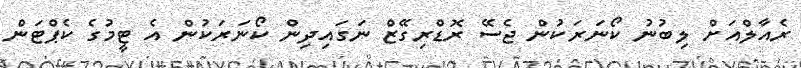
ރެއާލްއަށް ލިބުނު ކޯނަރަކުން ޖެސޭ ރޮޑްރިގޭޒް ނަގައިދިން ކޯނަރަކުން އެ ޓީމުގެ ކެޕްޓަން